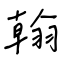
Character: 翰